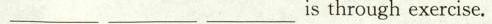
_________ _________ _________isthroughexercise.